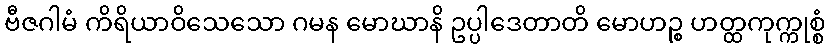
ဗီဇဂါမံ ကိရိယာဝိသေသော ဂမန မောဃာနိ ဥပ္ပါဒေတာတိ မောဟဉ္စ ဟတ္ထကုက္ကုစ္စံ